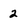
Character: 2